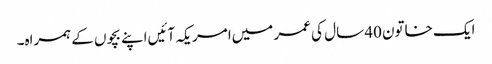
ایک خاتون 40 سال کی عمر میں‌امریکہ آئیں‌اپنے بچوں کے ہمراہ۔